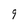
Character: 9